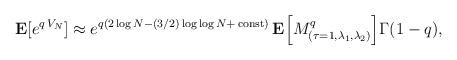
LaTeX: \begin{align*}{\bf E}[e^{q\,V_N}] \approx e^{q(2\log N-(3/2)\log\log N+\,{\rm const})}\,{\bf E}\Bigl[M^q_{(\tau=1,\lambda_1,\lambda_2)}\Bigr]\Gamma(1-q),\end{align*}